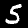
Digit: 5